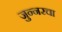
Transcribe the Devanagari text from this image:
जुन्नरचा